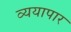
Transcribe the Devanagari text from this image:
व्ययापार